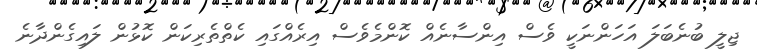
ޖިލީ ބުނެބަލަ އަހަންނަކީ ވެސް އިންސާނެއް ކޮންމެވެސް އިރެއްގައި ކެތްތެރިކަން ކޮޅުން ލައިގެންދާނެ